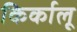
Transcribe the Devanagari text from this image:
किर्कालू